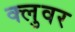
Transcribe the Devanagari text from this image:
क्लुवर